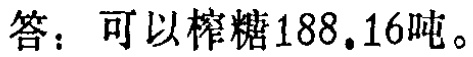
答：可以榨糖188.16吨。